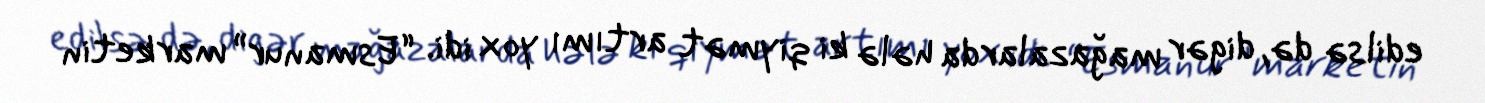
edilsə də, digər mağazalarda hələ ki qiymət artımı yox idi. “Esmanur” marketin